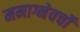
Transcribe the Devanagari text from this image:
ममाग्नेवर्चो